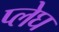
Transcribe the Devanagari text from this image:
प्लेघ